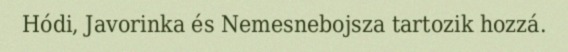
Hódi, Javorinka és Nemesnebojsza tartozik hozzá.